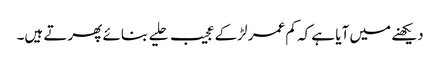
دیکھنے میں آیا ہے کہ کم عمر لڑکے عجیب حلیے بنائے پھرتے ہیں۔